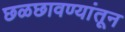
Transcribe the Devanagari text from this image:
छळछावण्यांतून